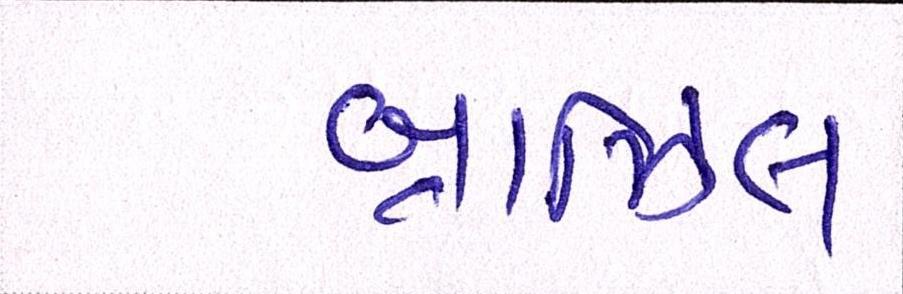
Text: બ્રાઝિલ